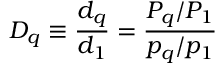
D _ { q } \equiv { \frac { d _ { q } } { d _ { 1 } } } = { \frac { P _ { q } / P _ { 1 } } { p _ { q } / p _ { 1 } } }